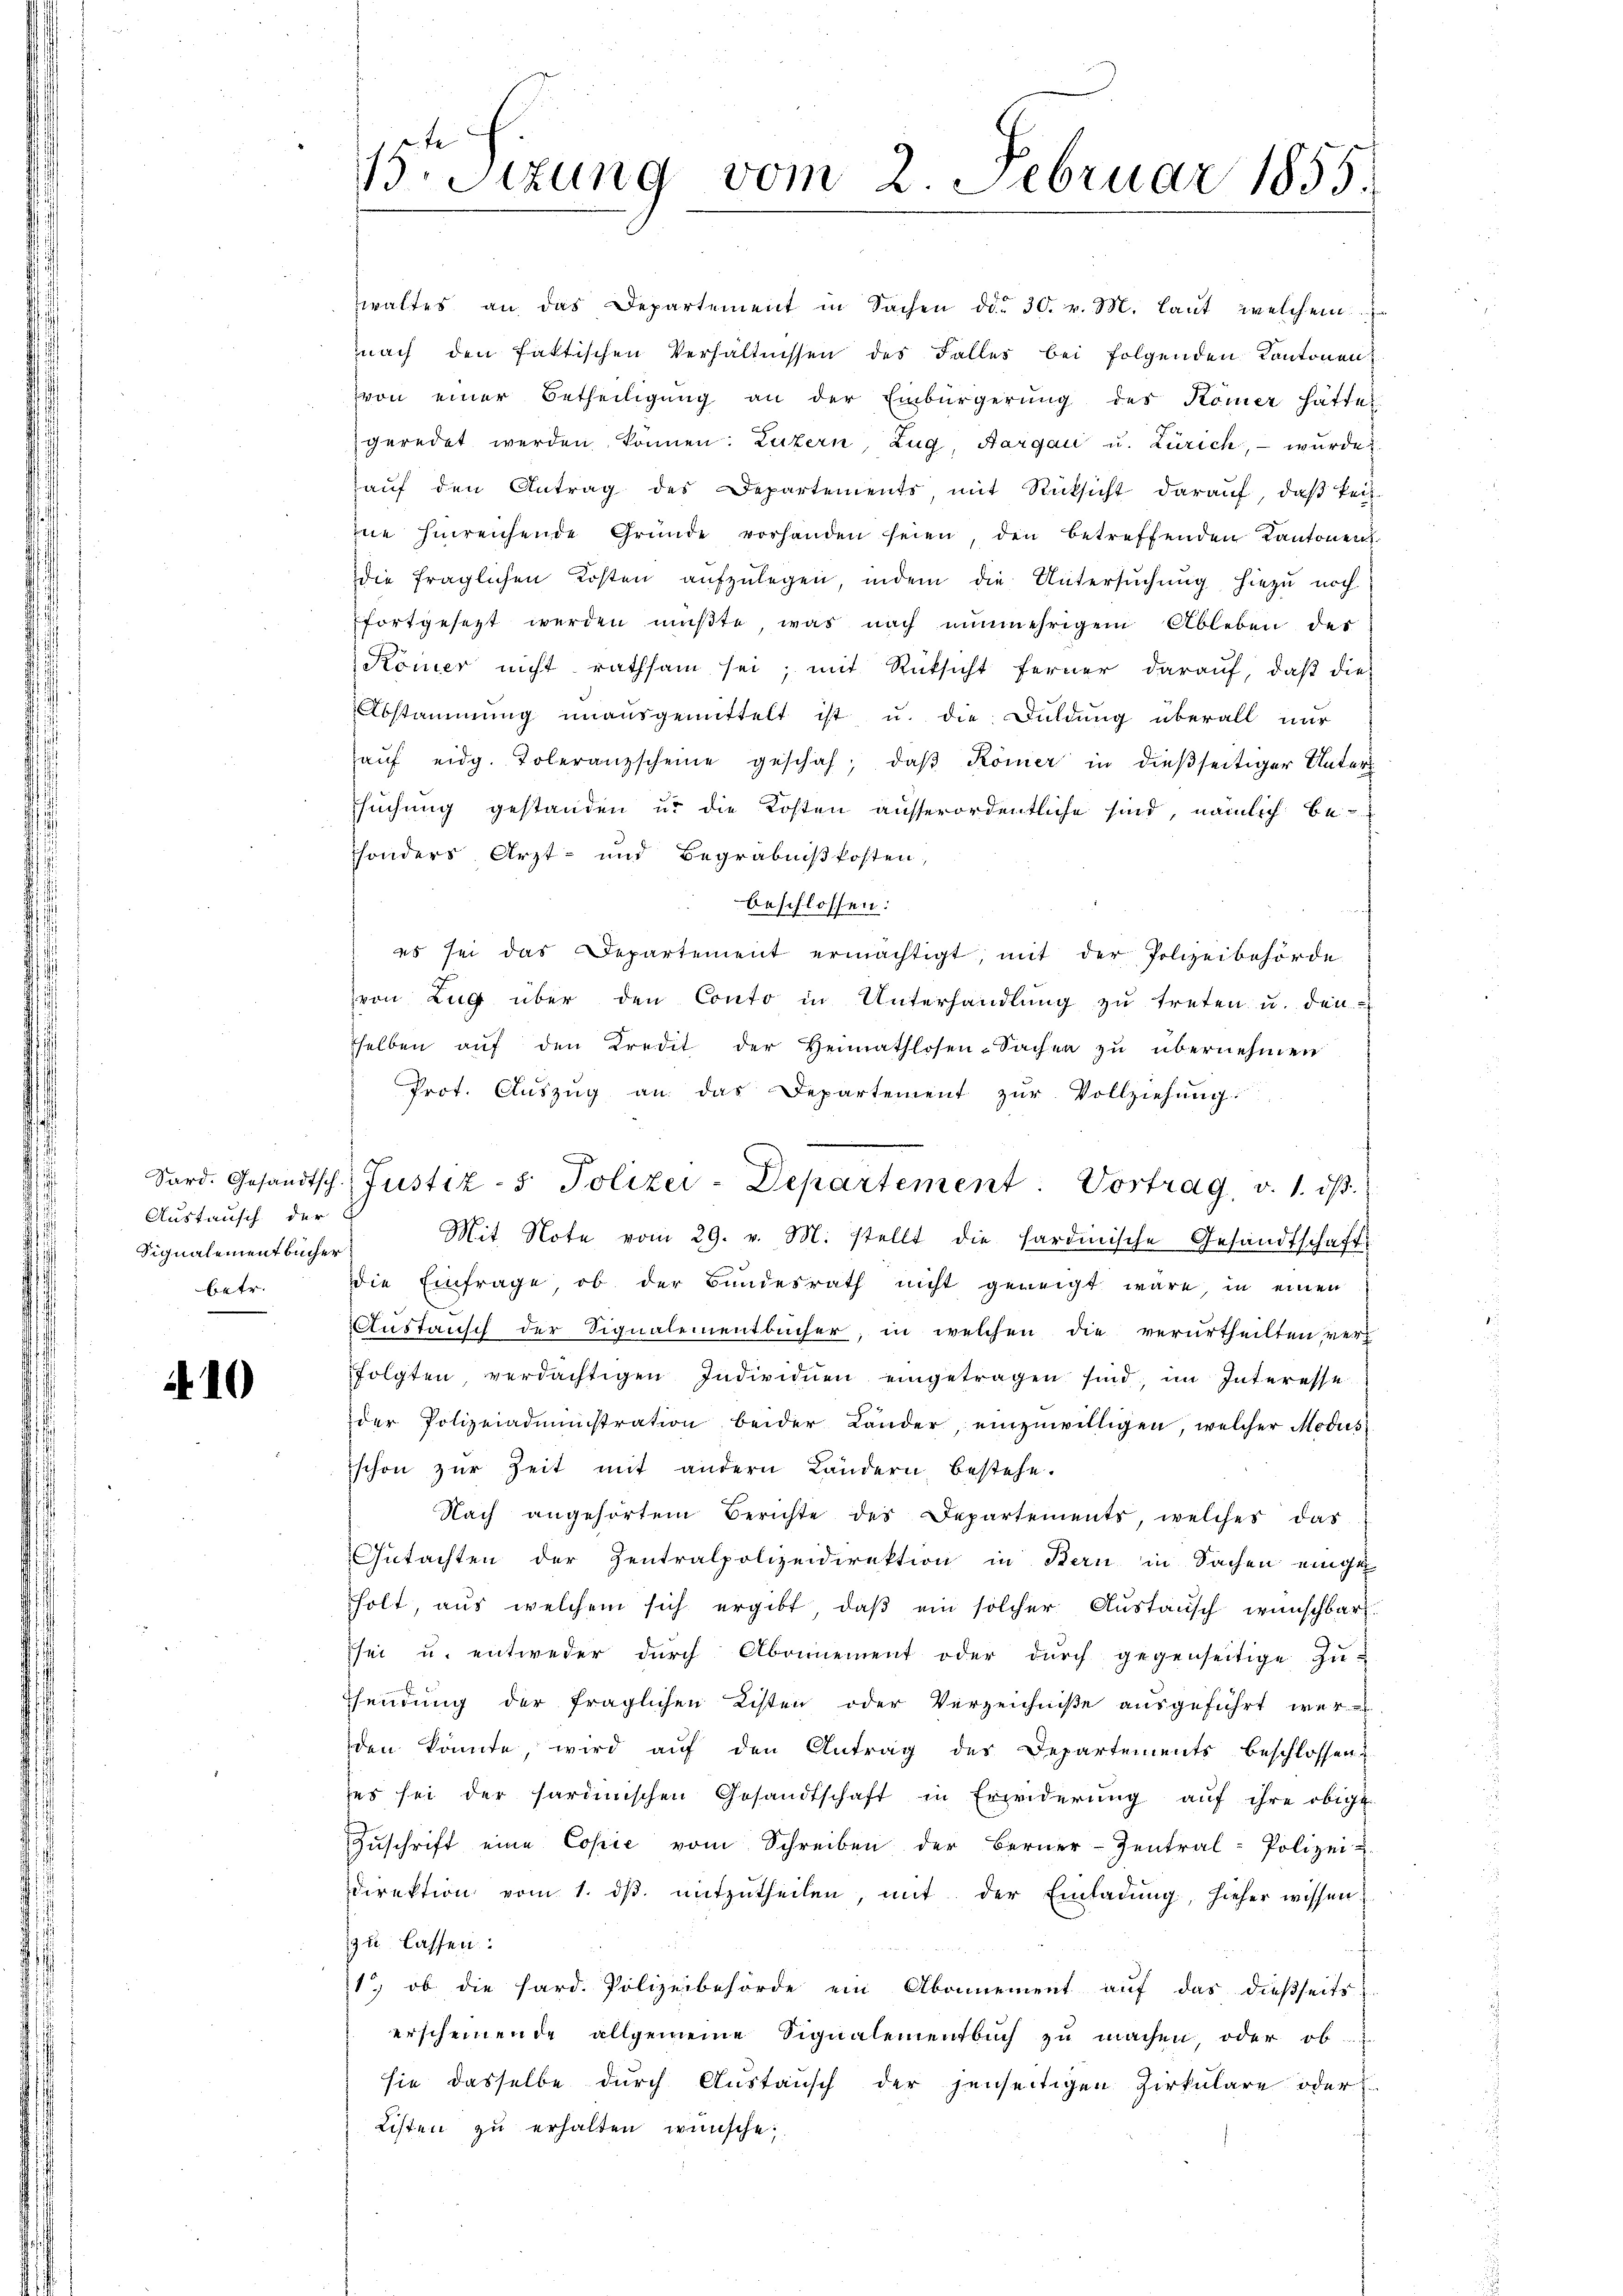
Austausch der
Signalementbücher

10

5r Sizung vom 2. Februar 1855.

waltes an das Departement in Sachen ddo 30. v. M. laut welchem
nach den faktischen Verhältnissen des Falles bei folgenden Kantonen
von einer Betheiligŭng an der Einbürgerŭng des Kömer hätte
geredet werden können: Luzern, Zug, Aargau u. Zürich, – wurde
aŭf den Antrag des Departements, mit Rücksicht daraŭf, daβ Teil-
ie hinreichende Gründe vorhanden seien, den betreffenden Kantonen
die fraglichen Kosten aŭfzŭlegen, indem die Untersŭchŭng hiezu noch
fortgesetzt werden müßte, was nach nunmehrigem Ableben des
Kömer nicht rathsam sei, mit Rücksicht ferner darauf, daß dies
Abstammung unausgemittelt ist u. die Duldung überall nur
aŭf eidg. Toleranzscheine geschah, daβ Römer in dieβseitiger Unter
suchung gestanden u. die Kosten ausserordentliche sind, nämlich be-
sonders Arzt- und Begräbnißkosten,
beschlossen:
es sei das Departement ermächtigt, mit der Polizeibehörde
von Zug über den Conto in Unterhandlung zu treten u. den-
sselben aŭf den Kredit der Heimathlosen-Sachen zu übernehmen
Prot. Auszug an das Departement zur Vollziehung
Mit Note vom 29. v. M. stellt die Sardinische Gesandtschaft
betr. die Einfrage, ob der Bundesrath nicht geneigt wäre, in einen
Austausch der Signalementbücher, in welchen die verurtheilten ver-
folgten, verdächtigen Individuen eingetragen sind, im Interesse
der Polizeiadministration beider Länder, einzuwilligen, welcher Modus
schon zur Zeit mit andern Ländern bestehe.
Nach angehörten Berichte des Departements, welches das
Gutachten der Zentralpolizeidirektion in Stern in Sachen einge
holt, aŭs welchem sich ergibt, daβ ein solcher Aŭstansch wünschbar.
sei u. entweder durch Abonnement oder durch gegenseitige Zu-
sendung der fraglichen Listen oder Verzeichniße ausgeführt wer
den könnte, wird aŭf den Antrag des Departements beschlossen:
ses sei der sardinischen Gesandtschaft in Erwiderŭng aŭf ihre obige
Zŭschrift eine Copie vom Schreiben der Berner-Zentral-Polizei u
direktion vom 1. dβ. mitzŭtheilen, mit der Einladŭng, hieher wissen
zu lassen.
1.) ob die hard. Polizeibehörde ein Abonnement auf das dießseits
erscheinende allgemeine Signalementbuch zu machen, oder ob
sie dasselbe durch Austausch der jenseitigen Zirkulare oder
Listen zu erhalten wünsche.

Sord. Gesandtsch. Justiz- & Polizei-Departement. Vortrag, v. 1. dβ.